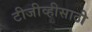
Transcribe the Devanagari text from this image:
टीजीव्हीसाठी